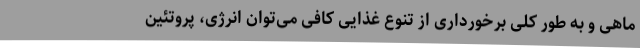
ماهی و به طور کلی برخورداری از تنوع غذایی کافی می‌توان انرژی، پروتئین